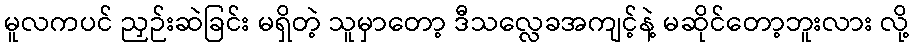
မူလကပင် ညှဉ်းဆဲခြင်း မရှိတဲ့ သူမှာတော့ ဒီသလ္လေခအကျင့်နဲ့ မဆိုင်တော့ဘူးလား လို့